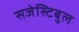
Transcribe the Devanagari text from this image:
सजेस्टिबुल